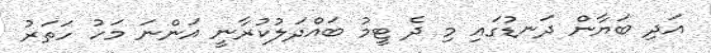
އަދި ބަޔާން ދަނޑުގައި މި ދެ ޓީމު ބައްދަލުކުރާނީ އަންނަ މަހު ހަތަރު